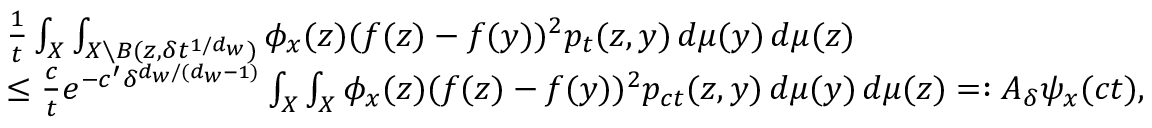
\begin{array} { r l } & { \frac { 1 } { t } \int _ { X } \int _ { X \setminus B ( z , \delta t ^ { 1 / d _ { w } } ) } \phi _ { x } ( z ) ( f ( z ) - f ( y ) ) ^ { 2 } p _ { t } ( z , y ) \, d \mu ( y ) \, d \mu ( z ) } \\ & { \leq \frac { c } { t } e ^ { - c ^ { \prime } \delta ^ { d _ { w } / ( d _ { w } - 1 ) } } \int _ { X } \int _ { X } \phi _ { x } ( z ) ( f ( z ) - f ( y ) ) ^ { 2 } p _ { c t } ( z , y ) \, d \mu ( y ) \, d \mu ( z ) = : A _ { \delta } \psi _ { x } ( c t ) , } \end{array}